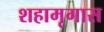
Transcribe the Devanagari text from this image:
शहामृगास